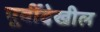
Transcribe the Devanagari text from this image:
पूर्वीदेखील